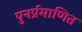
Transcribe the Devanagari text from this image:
पुनर्प्रमाणित